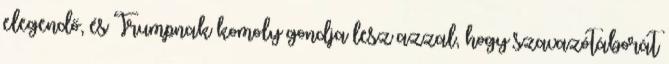
elegendő, és Trumpnak komoly gondja lesz azzal, hogy szavazótáborát